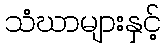
သံဃာများနှင့်